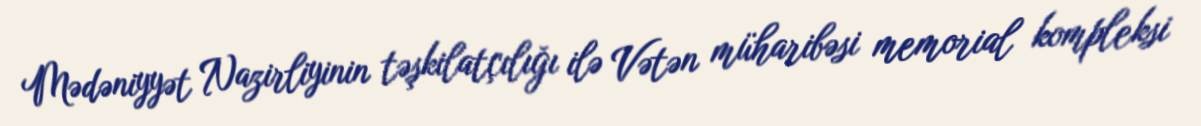
Mədəniyyət Nazirliyinin təşkilatçılığı ilə Vətən müharibəsi memorial kompleksi